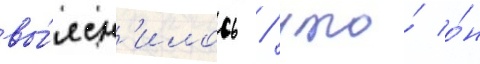
вы́ясн'илось / что́ о́н